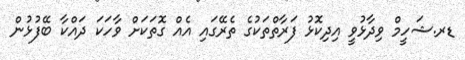
ޑރ.ޝަހީމް ވިދާޅުވީ އިދިކޮޅު ފަރާތްތަކުގެ ތެރޭގައި އެއް ގޮތަކަށް ވާހަކަ ދައްކާ ބޭފުޅުން